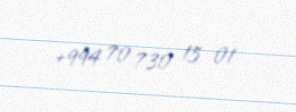
+994 70 730 15 01